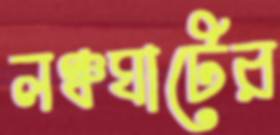
লঞ্চঘাটের